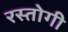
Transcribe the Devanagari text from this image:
रस्‍तोगी